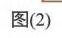
图(2)